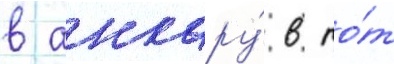
в анкару́ в то́т